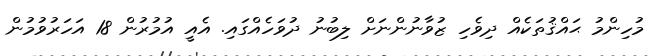
މުހިންމު ޙައްޤުތަކެއް ދިވެހި ޒުވާނުންނަށް ލިބުނު ދުވަހެއްގައި. އެއީ އުމުރުން 18 އަހަރުވުމުން